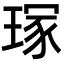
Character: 𭹣